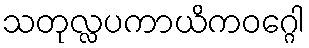
သတုလ္လပကာယိကဝဂ္ဂေါ